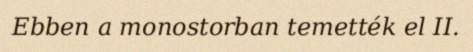
Ebben a monostorban temették el II.